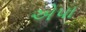
એપા